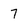
Character: 7